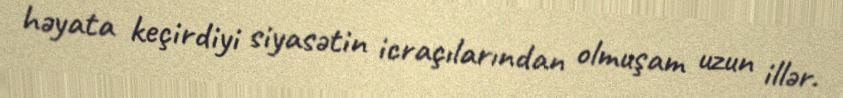
həyata keçirdiyi siyasətin icraçılarından olmuşam uzun illər.